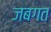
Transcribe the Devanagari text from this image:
जबगत